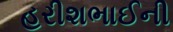
હરીશભાઈની